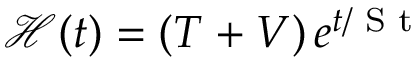
\mathcal { H } ( t ) = ( T + V ) \, e ^ { t / \textrm { S t } }